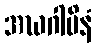
အဃဂါမိနံ